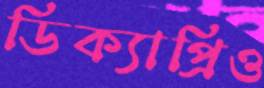
ডিক্যাপ্রিও